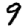
Digit: 9